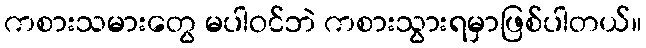
ကစားသမားတွေ မပါဝင်ဘဲ ကစားသွားရမှာဖြစ်ပါတယ်။